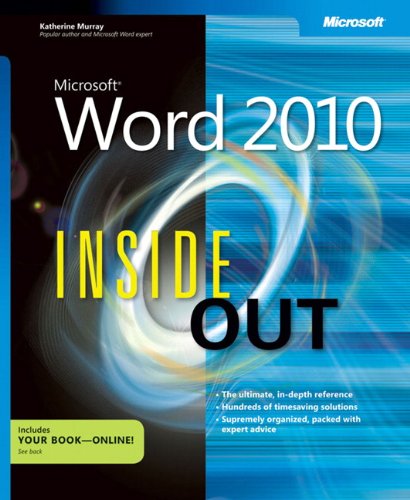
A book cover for Microsoft Word 2010 Inside Out; Katherine Murray; Computers & Technology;